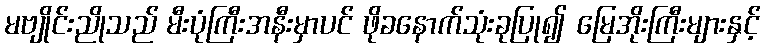
မဗျိုင်းညိုသည် မီးပုံကြီးအနီးမှာပင် ဖိုခနောက်သုံးခုပြု၍ မြေအိုးကြီးများနှင့်